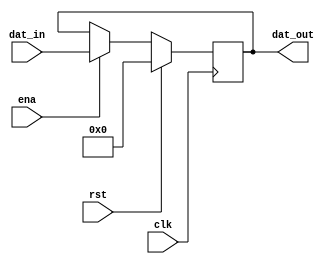
`timescale 1ns / 1ps
//////////////////////////////////////////////////////////////////////////////////
// Company: 
// Engineer: 
// 
// Design Name: 
// Module Name:    Delay_reg 
// Project Name: 
// Target Devices: 
// Tool versions: 
// Description: 
//
// Dependencies: 
//
// Revision: 
// Revision 0.01 - File Created
// Additional Comments: 
//
//////////////////////////////////////////////////////////////////////////////////
module Delay_reg #(parameter WIDTH = 32)(
	input 	clk,rst,
	input 	ena,
	input 	  [WIDTH - 1:0] dat_in,
	output reg [WIDTH - 1:0] dat_out
    );

always @(posedge clk) begin
	if(rst) 			dat_out <= {WIDTH{1'b0}};
	else if (ena) 	dat_out <= dat_in;	
end

endmodule